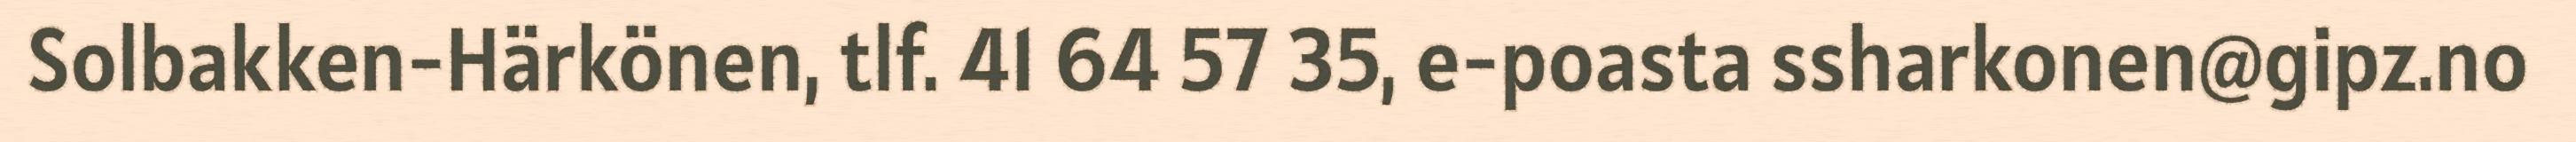
Solbakken-Härkönen, tlf. 41 64 57 35, e-poasta ssharkonen@gipz.no